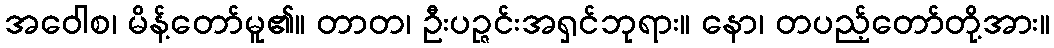
အဝေါစ၊ မိန့်တော်မူ၏။ တာတ၊ ဦးပဉ္ဇင်းအရှင်ဘုရား။ နော၊ တပည့်တော်တို့အား။